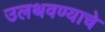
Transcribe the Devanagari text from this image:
उलथवण्याचे